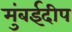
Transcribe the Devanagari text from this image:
मुंबईदीप